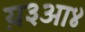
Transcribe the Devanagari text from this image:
य़३आ४